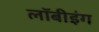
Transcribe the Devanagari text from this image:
लॉबीइंग